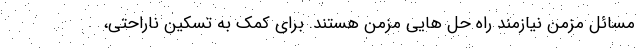
مسائل مزمن نیازمند راه حل هایی مزمن هستند. برای کمک به تسکین ناراحتی،